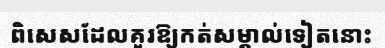
ពិសេសដែលគួរឱ្យកត់សម្គាល់ទៀតនោះ